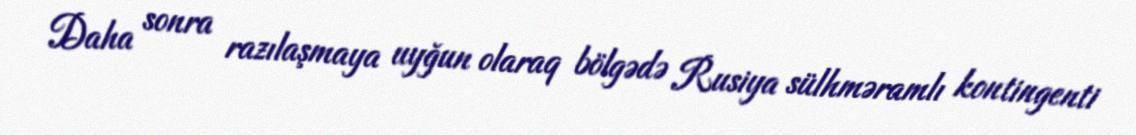
Daha sonra razılaşmaya uyğun olaraq bölgədə Rusiya sülhməramlı kontingenti